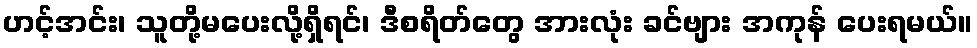
ဟင့်အင်း၊ သူတို့မပေးလို့ရှိရင်၊ ဒီစရိတ်တွေ အားလုံး ခင်ဗျား အကုန် ပေးရမယ်။